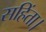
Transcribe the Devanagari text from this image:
सहिंता।